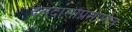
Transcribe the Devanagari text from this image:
देवदासींप्रमाणेच